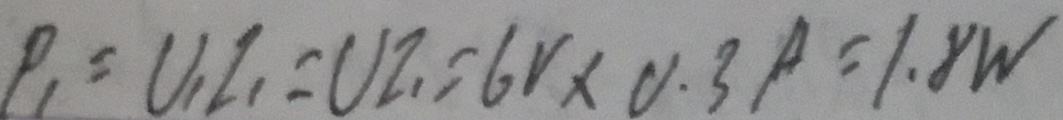
P _ { 1 } = U _ { 1 } I _ { 1 } = U I _ { 1 } = 6 V \times 0 . 3 p = 1 . 8 W